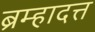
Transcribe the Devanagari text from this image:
ब्रम्हादत्त